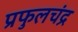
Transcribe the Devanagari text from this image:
प्रफुलचंद्र